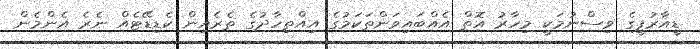
ޑީއާރުޕީގެ ވިސްނުމަކީ މިހާރު އޮތް އެއްބައިވަންތަކަމުގެ އިއްތިހާދުގެ ތެރެއިން ކެޑިޑޭޓެއް ނެރެ އެންމެން